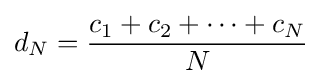
d_{N}={\frac {c_{1}+c_{2}+\cdots +c_{N}}{N}}